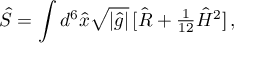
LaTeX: \hat { S } = \int d ^ { 6 } \hat { x } \sqrt { | \hat { g } | } \, [ \hat { R } + { \textstyle \frac { 1 } { 1 2 } } \hat { H } ^ { 2 } ] \, ,